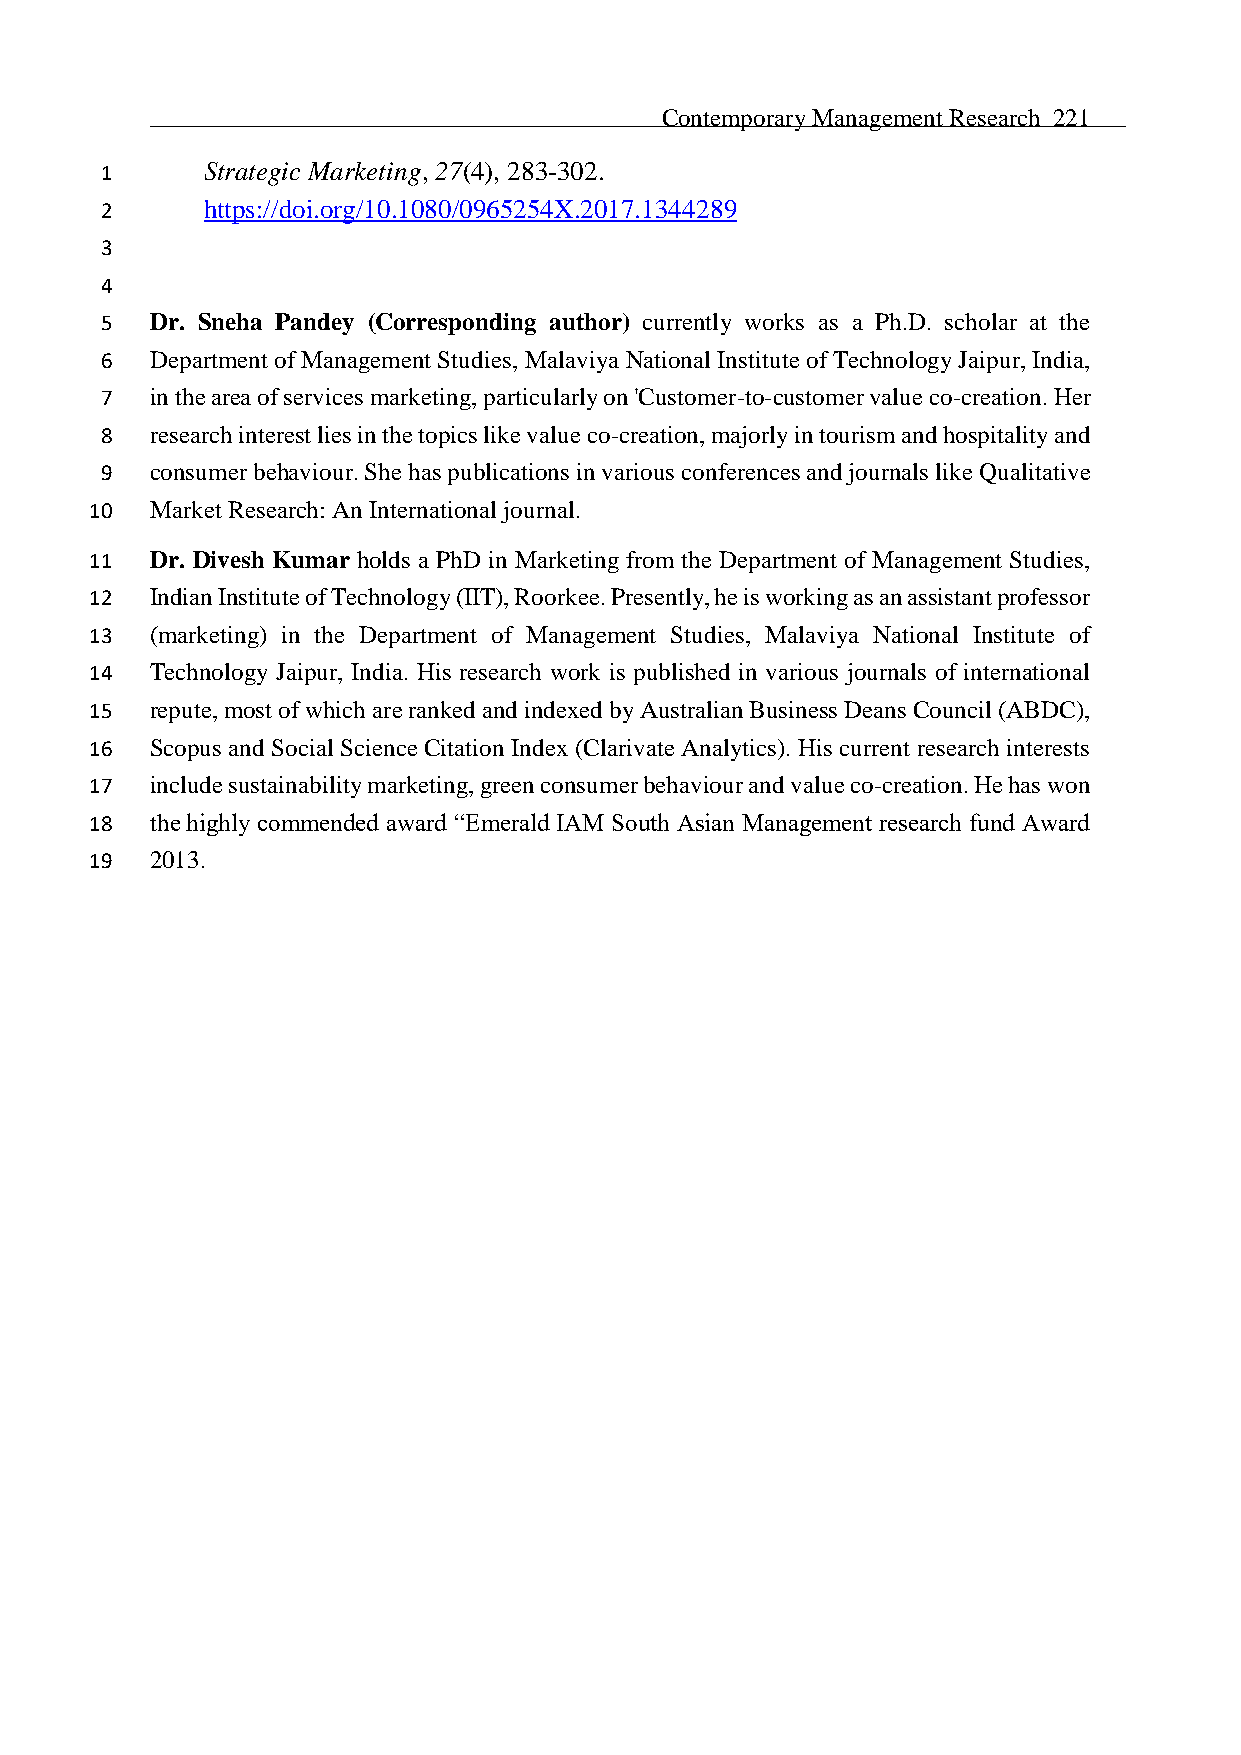
Contemporary Management Research 221
 1      Strategic Marketing, 27(4), 283-302.
 2      https://doi.org/10.1080/0965254X.2017.1344289
 3
 4
 5  Dr. Sneha Pandey (Corresponding author) currently works as a Ph.D. scholar at the
 6  Department of Management Studies, Malaviya National Institute of Technology Jaipur, India,
 7  in the area of services marketing, particularly on 'Customer-to-customer value co-creation. Her
 8  research interest lies in the topics like value co-creation, majorly in tourism and hospitality and
 9  consumer behaviour. She has publications in various conferences and journals like Qualitative
 10  Market Research: An International journal.
 11  Dr. Divesh Kumar holds a PhD in Marketing from the Department of Management Studies,
 12  Indian Institute of Technology (IIT), Roorkee. Presently, he is working as an assistant professor
 13  (marketing) in the Department of Management Studies, Malaviya National Institute of
 14  Technology Jaipur, India. His research work is published in various journals of international
 15  repute, most of which are ranked and indexed by Australian Business Deans Council (ABDC),
 16  Scopus and Social Science Citation Index (Clarivate Analytics). His current research interests
 17  include sustainability marketing, green consumer behaviour and value co-creation. He has won
 18  the highly commended award “Emerald IAM South Asian Management research fund Award
 19  2013.